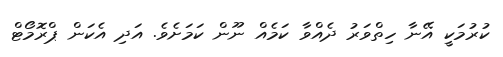
ކުރުމަކީ އޭނާ ހިތްވަރު ދެއްވާ ކަމެއް ނޫން ކަމަށެވެ. އަދި އެކަން ޕްރޮމޯޓް